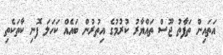
އަތައިން ތަފާތު ޖޫސް ތައްޔާރު ކުރުމުގެ އިތުރުން ބައެއް ކަހަލަ ފޮނި ކާތަކެތި